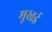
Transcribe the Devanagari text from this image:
मूखई